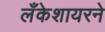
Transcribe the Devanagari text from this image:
लँकेशायरने